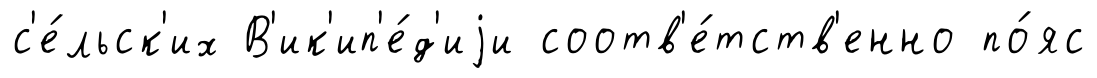
с'е́льск'их В'ик'ип'е́д'иjи соотв'е́тств'енно по́яс